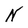
Character: N